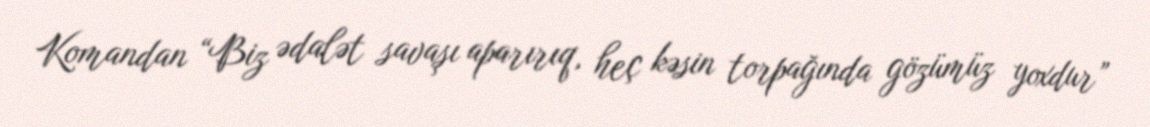
Komandan “Biz ədalət savaşı aparırıq, heç kəsin torpağında gözümüz yoxdur”